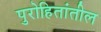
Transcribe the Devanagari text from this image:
पुरोहितांतील